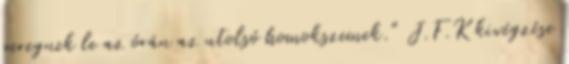
peregnek le az órán az utolsó homokszemek." J.F.K kivégzése